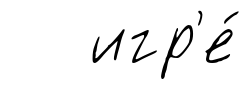
игр'е́